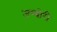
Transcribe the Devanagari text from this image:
जम्बोरी